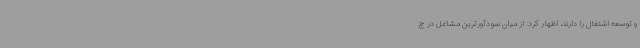
و توسعه اشتغال را دارند، اظهار کرد: از میان سودآورترین مشاغل در چ